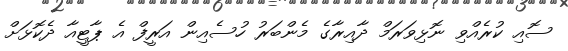
ސޮއި ކުރެއްވި ނޮޅިވަރަމް ދާއިރާގެ މެންބަރު ހުސެއިން އަރީފް އެ ޕާޓީއާ ދެކޮޅަށް